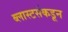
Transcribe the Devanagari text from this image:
ब्लास्टर्सकडून